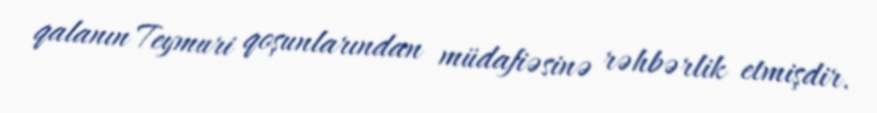
qalanın Teymuri qoşunlarından müdafiəsinə rəhbərlik etmişdir.